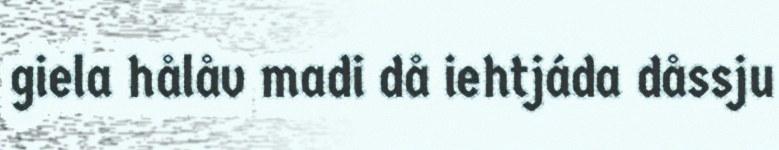
giela hålåv madi då iehtjáda dåssju